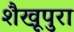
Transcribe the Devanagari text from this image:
शैखूपुरा